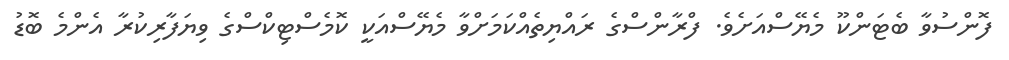
ފޮންސުވާ ބެޓަންކޫ މެޔޭސްއަށެވެ. ފްރާންސްގެ ރައްޔިތެއްކަމަށްވާ މެޔޭސްއަކީ ކޮމެސްޓިކްސްގެ ވިޔަފާރިކުރާ އެންމެ ބޮޑު